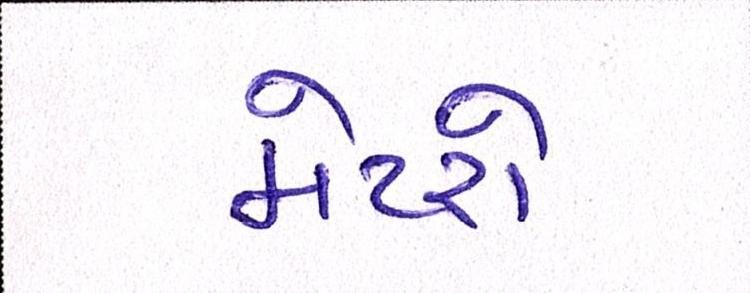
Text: મેટરો